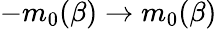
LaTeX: -m_{0}(\beta)\to m_{0}(\beta)